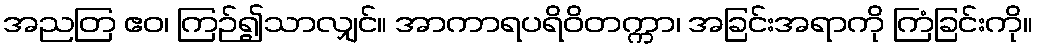
အညတြ ဧဝ၊ ကြဉ်၍သာလျှင်။ အာကာရပရိဝိတက္ကာ၊ အခြင်းအရာကို ကြံခြင်းကို။